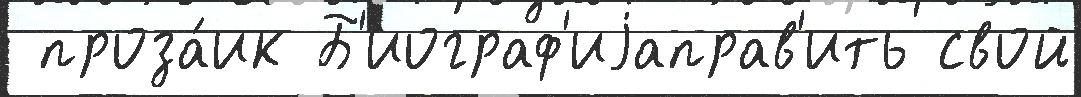
 проза́ик Б'иограф'иjаправ'ить свой